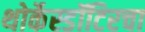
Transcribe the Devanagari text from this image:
थोर्केस्डॉटिरचा